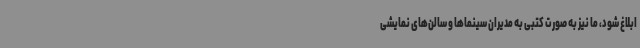
ابلاغ شود، ما نیز به صورت کتبی به مدیران سینماها و سالن‌های نمایشی